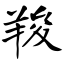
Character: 羧